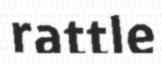
rattle